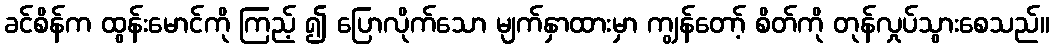
ခင်စိန်က ထွန်းမောင်ကို ကြည့် ၍ ပြောလိုက်သော မျက်နှာထားမှာ ကျွန်တော့် စိတ်ကို တုန်လှုပ်သွားစေသည်။